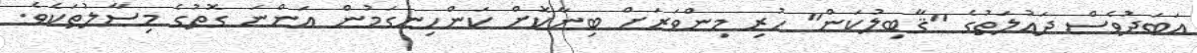
އަބަދުވެސް ދައުލަތުގެ "ޤާބިލުކަން" ހުރި މިންވަރަށް ބިނާކޮށް ކަންހިނގަމުން އަންނަ ގޮތުގެ މިސާލުތަކެވެ.